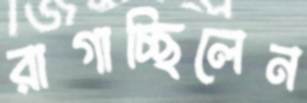
রাগাচ্ছিলেন